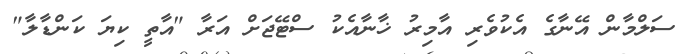
ސަލްމާން އޭނާގެ އެކުވެރި އާމިރު ޚާނާއެކު ސްޓޭޖަށް އަރާ "އާތީ ކިޔަ ކަންޑާލާ"